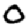
Digit: 0